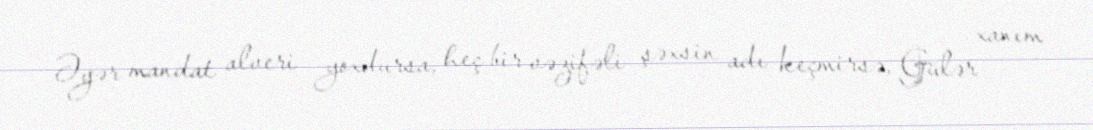
Əgər mandat alveri yoxdursa, heç bir vəzifəli şəxsin adı keçmirsə, Gülər xanım